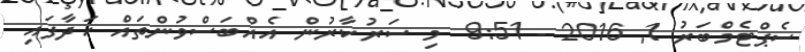
ސެޕްޓެމްބަރު 1